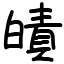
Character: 皟